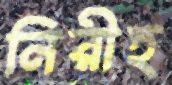
নিরীহ